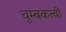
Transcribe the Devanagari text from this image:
चुम्बकत्वी